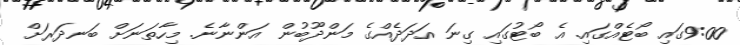
9:00ގައި ބޯޓެއްގައި. އެ ބޯޓުގައި ގިނަ އަދަދެއްގެ މަންދޫބުން އަންނާނެ. މިހާތަނަށް ބަނދަރަށް